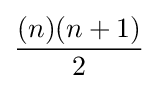
{\frac {(n)(n+1)}{2}}